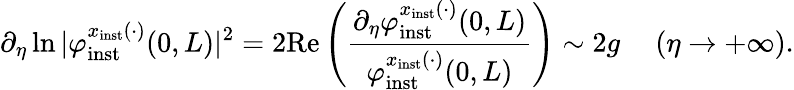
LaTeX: \partial_{\eta}\ln\vert\varphi_{\mathrm{inst}}^{x_{\mathrm{inst}}(\cdot)}(0,L)\vert^{2}=2\mathrm{Re}\left(\frac{\partial_{\eta}\varphi_{\mathrm{inst}}^{x_{\mathrm{inst}}(\cdot)}(0,L)}{\varphi_{\mathrm{inst}}^{x_{\mathrm{inst}}(\cdot)}(0,L)}\right)\sim 2g\ \ \ \ \ (\eta\to+\infty).